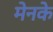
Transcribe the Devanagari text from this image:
मेनके